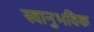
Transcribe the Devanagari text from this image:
स्वानुभविक